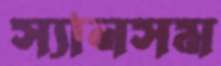
স্যানসম